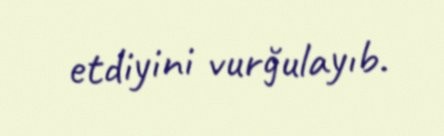
etdiyini vurğulayıb.